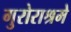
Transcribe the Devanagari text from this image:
गुरोराश्रमे